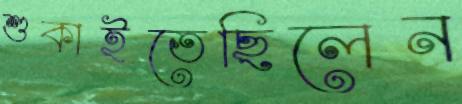
শুকাইতেছিলেন